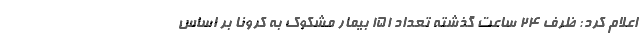
اعلام کرد: ظرف ۲۴ ساعت گذشته تعداد ۱۵۱ بیمار مشکوک به کرونا بر اساس